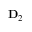
\mathbf { D } _ { 2 }